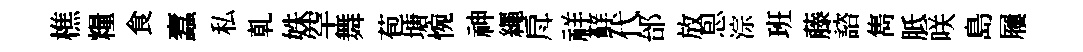
樵糧食蠧私乹姝罕舞苞塘惋神繩戽祥蘚代邰放㤙淙班藤諮雋胝咲島屨